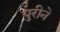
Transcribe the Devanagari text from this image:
युरीने